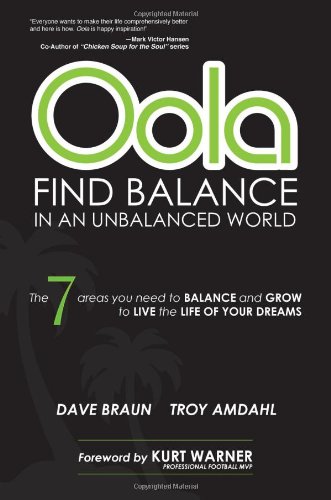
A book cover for Oola Find Balance in an Unbalanced World; Dave Braun and Troy Amdahl; Self-Help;